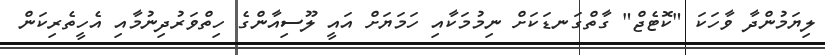
ލިޔަމުންދާ ވާހަކަ "ކޮޓެޖް" ގާތްގަނޑަކަށް ނިމުމަކާއި ހަމަޔަށް އައީ ލޫސިއާންގެ ހިތްވަރުދިނުމާއި އެހީތެރިކަން